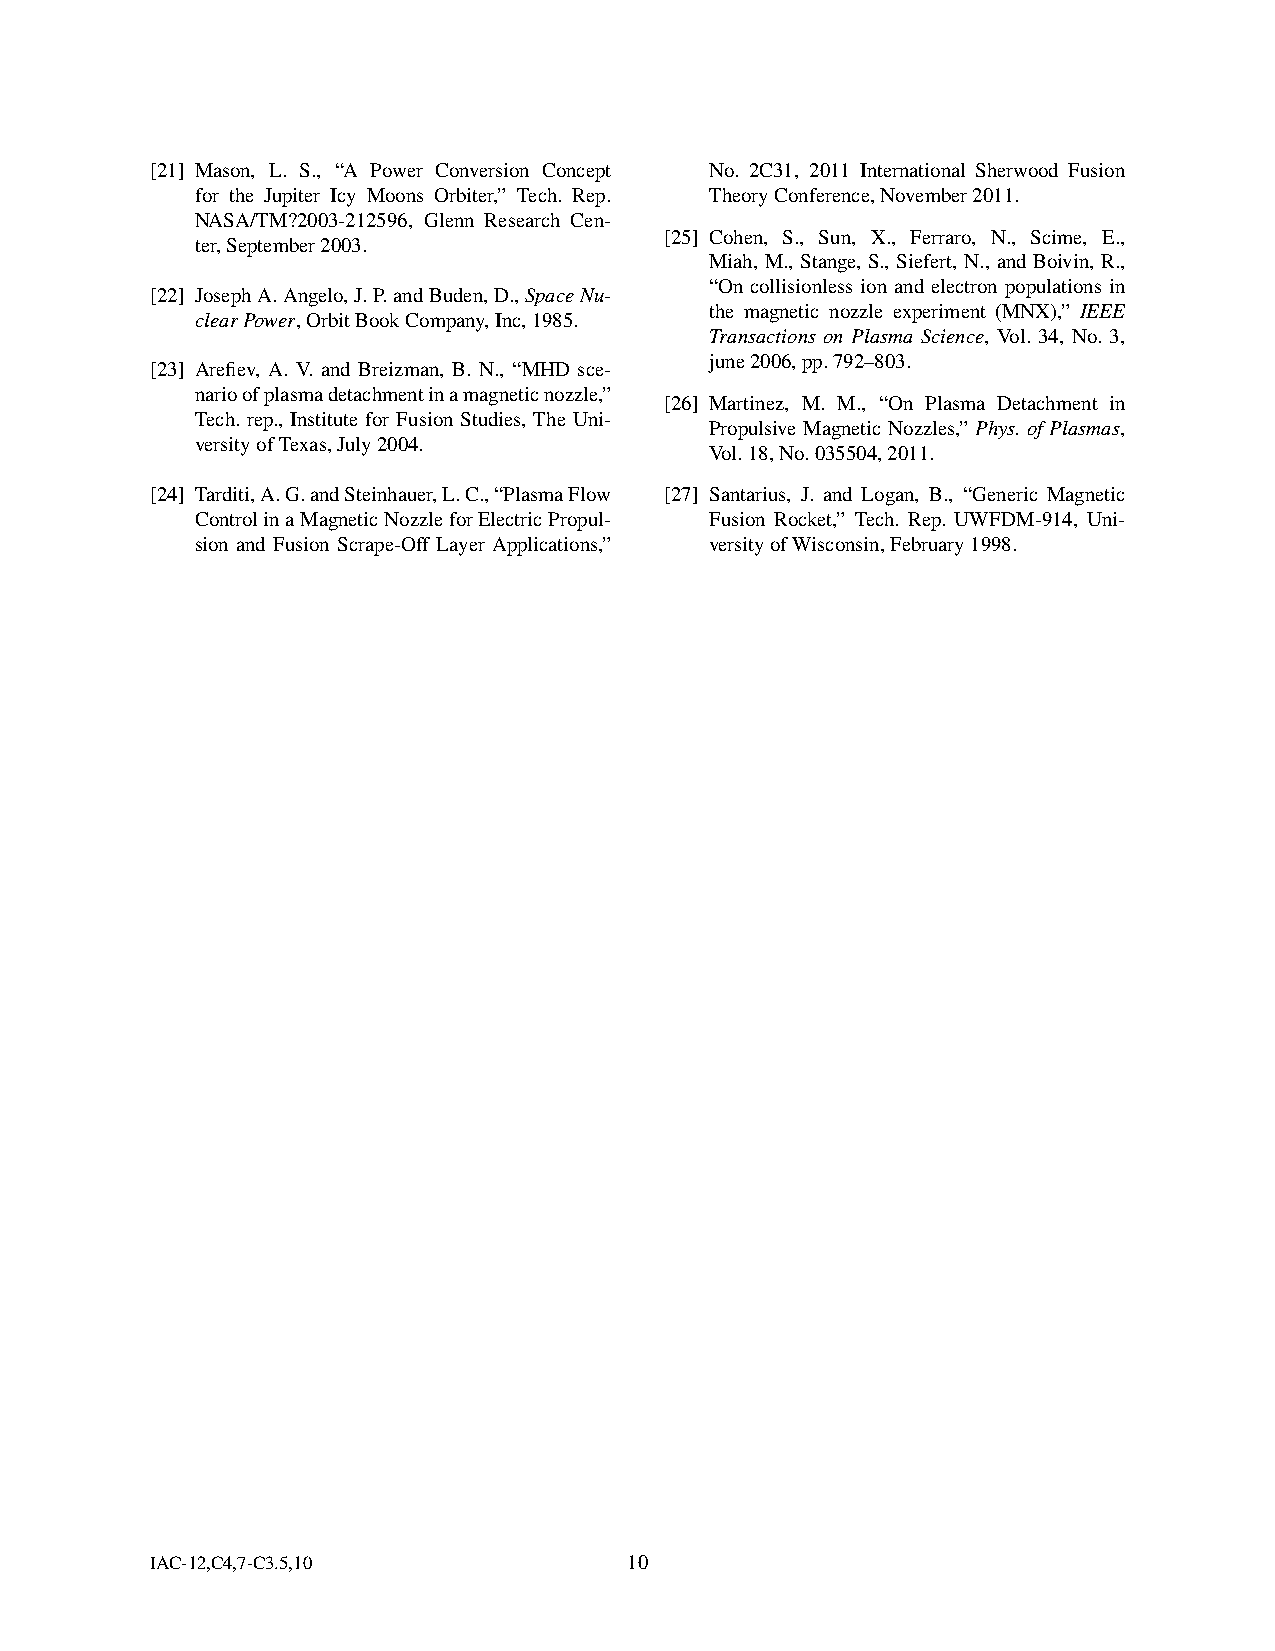
[21] Mason, L. S., “A Power Conversion Concept No. 2C31, 2011 International Sherwood Fusion
 for the Jupiter Icy Moons Orbiter,” Tech. Rep. TheoryConference,November2011.
 NASA/TM?2003-212596, Glenn Research Cen-
 [25] Cohen, S., Sun, X., Ferraro, N., Scime, E.,
 ter,September2003.
 Miah, M., Stange, S., Siefert, N., and Boivin, R.,
 “On collisionless ion and electron populations in
 [22] JosephA.Angelo,J.P.andBuden,D.,SpaceNu-
 the magnetic nozzle experiment (MNX),” IEEE
 clearPower,OrbitBookCompany,Inc,1985.
 Transactions on Plasma Science, Vol. 34, No. 3,
 june2006,pp.792–803.
 [23] Arefiev, A. V. and Breizman, B. N., “MHD sce-
 narioofplasmadetachmentinamagneticnozzle,”
 [26] Martinez, M. M., “On Plasma Detachment in
 Tech. rep., Institute for Fusion Studies, The Uni-
 Propulsive Magnetic Nozzles,” Phys. of Plasmas,
 versityofTexas,July2004.
 Vol.18,No.035504,2011.
 [24] Tarditi,A.G.andSteinhauer,L.C.,“PlasmaFlow [27] Santarius, J. and Logan, B., “Generic Magnetic
 ControlinaMagneticNozzleforElectricPropul- Fusion Rocket,” Tech. Rep. UWFDM-914, Uni-
 sion and Fusion Scrape-Off Layer Applications,” versityofWisconsin,February1998.
 IAC-12,C4,7-C3.5,10             10